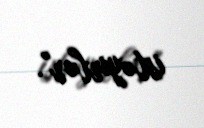
istəyirlər".